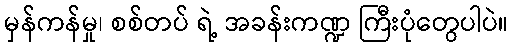
မှန်ကန်မှု၊ စစ်တပ် ရဲ့ အခန်းကဏ္ဍ ကြီးပုံတွေပါပဲ။